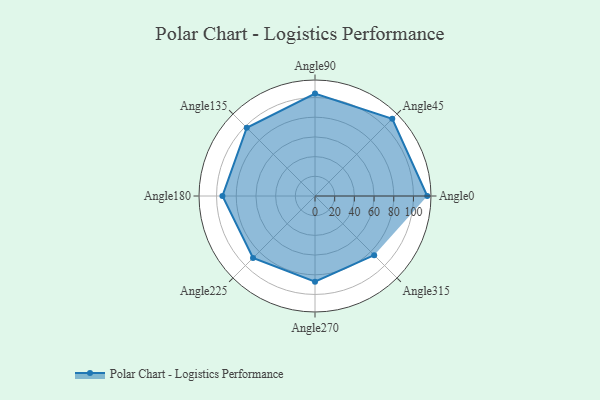
{"axis": {"x": "Angle", "y": "Radius"}, "legend": [""], "data": [{"x": "Angle0", "y": 114.0, "type": ""}, {"x": "Angle45", "y": 111.0, "type": ""}, {"x": "Angle90", "y": 104.0, "type": ""}, {"x": "Angle135", "y": 98.0, "type": ""}, {"x": "Angle180", "y": 94.0, "type": ""}, {"x": "Angle225", "y": 89.0, "type": ""}, {"x": "Angle270", "y": 87.0, "type": ""}, {"x": "Angle315", "y": 85.0, "type": ""}]}